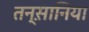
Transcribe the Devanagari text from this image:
तन्स़ानिया